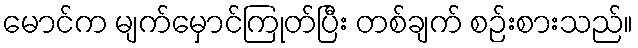
မောင်က မျက်မှောင်ကြုတ်ပြီး တစ်ချက် စဉ်းစားသည်။